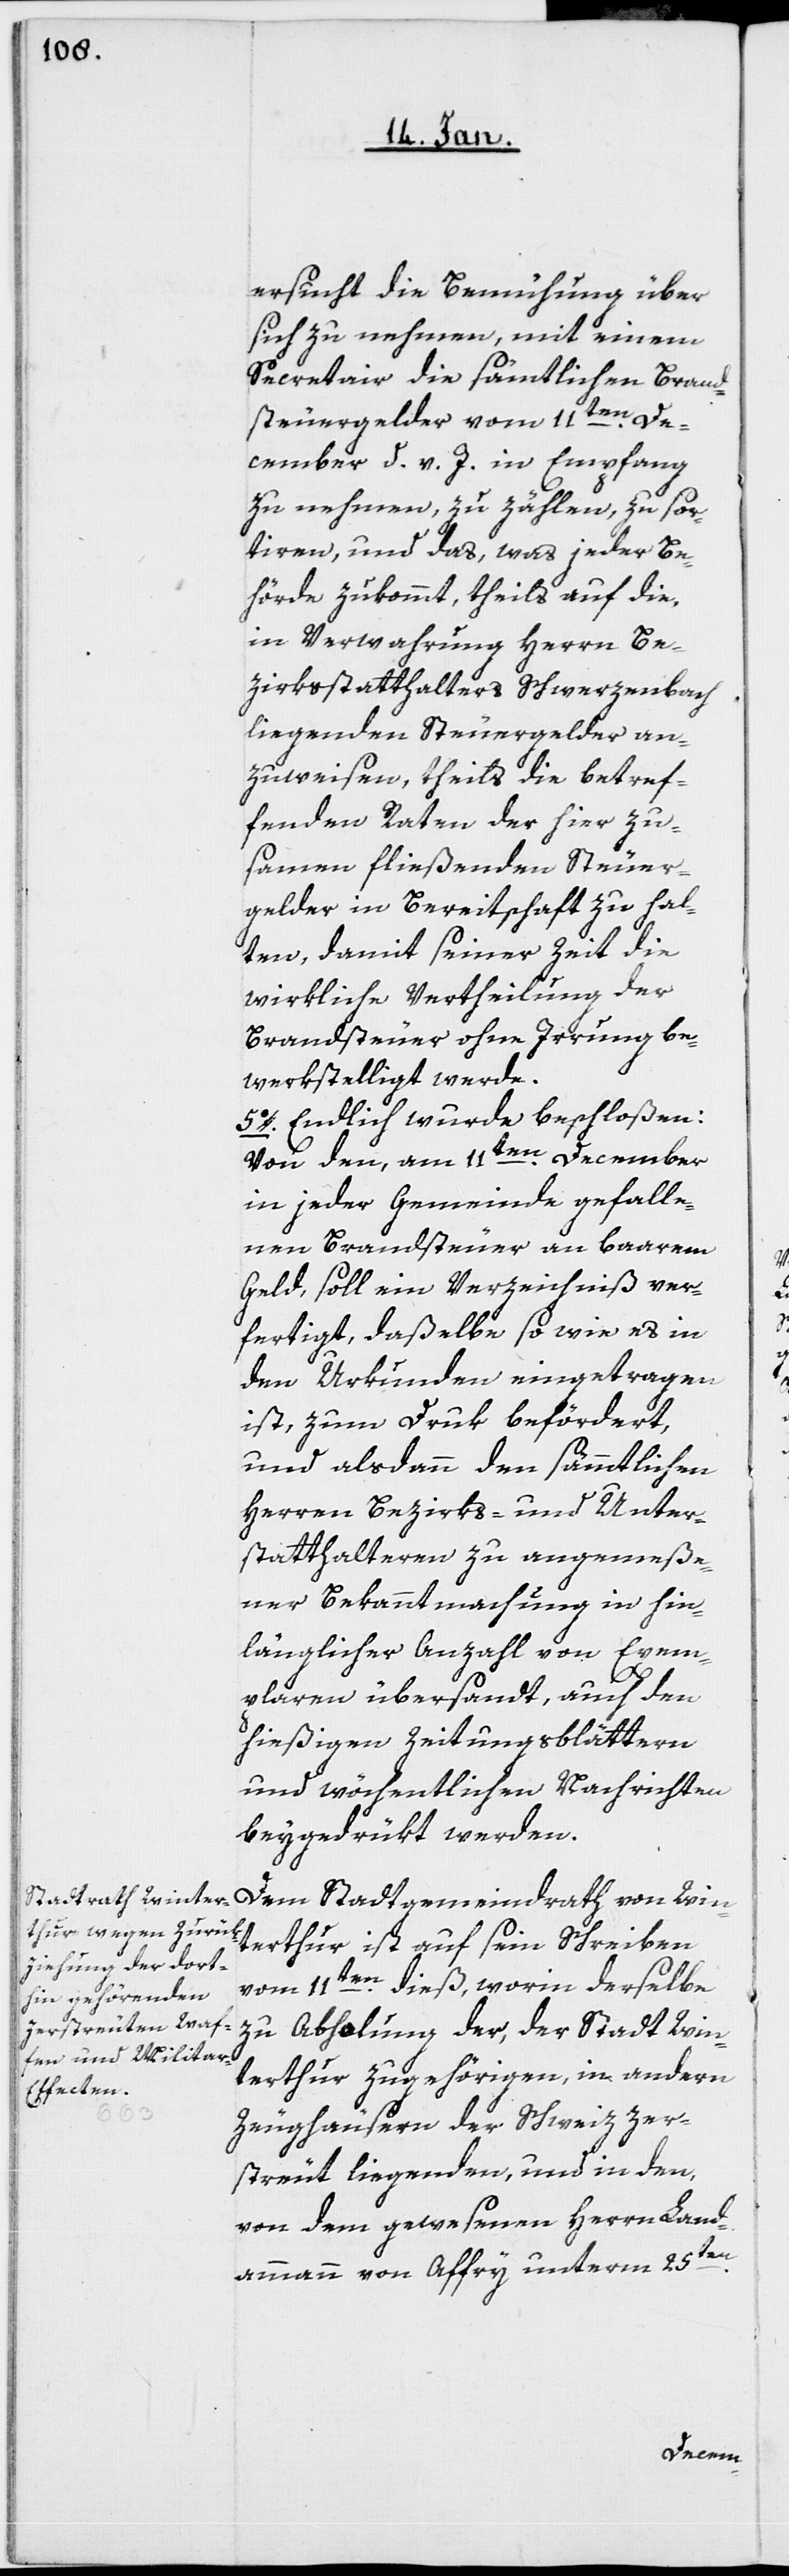
ersucht, die Bemühung über
sich zu nehmen, mit einem
Secretair die sämtlichen Brand¬
steuergelder vom 11ten. De¬
cember d. v. J. in Empfang
zu nehmen, zu zählen, zu sor¬
tiren, und das, was jeder Be¬
hörde zukommt, theils auf die,
in Verwahrung Herrn Be¬
zirksstatthalters Schwerzenbach
liegenden Steuergelder an¬
zuweisen, theils die betref¬
fenden Raten der hier zu¬
sammen fließenden Steuer¬
gelder in Bereitschaft zu hal¬
ten, damit seiner Zeit die
wirkliche Vertheilung der
Brandsteuer ohne Irrung be¬
werkstelligt werde.
5o. Endlich wurde beschloßen:
Von den, am 11ten. December
in jeder Gemeinde gefalle¬
nen Brandsteuer an baarem
Geld, soll ein Verzeichniß ver¬
fertigt, daßelbe so wie es in
den Urkunden eingetragen
ist, zum Druk befördert,
und alsdann den sämmtlichen
Herren Bezirks- und Unter¬
statthalteren zu angemeße¬
ner Bekanntmachung in hin¬
länglicher Anzahl von Exem¬
plaren übersandt, auch den
hießigen Zeitungsblättern
und wöchentlichen Nachrichten
beigedrückt werden.
Dem Stadtgemeindrath von Win¬
terthur ist auf sein Schreiben
vom 11ten. dieß, worin derselbe
zu Abholung der, der Stadt Win¬
terthur zugehörigen, in andern
Zeughäusern der Schweiz zer¬
streut liegenden, und in den,
von dem gewesenen Herrn Land¬
ammann von Affry unterm 25sten.